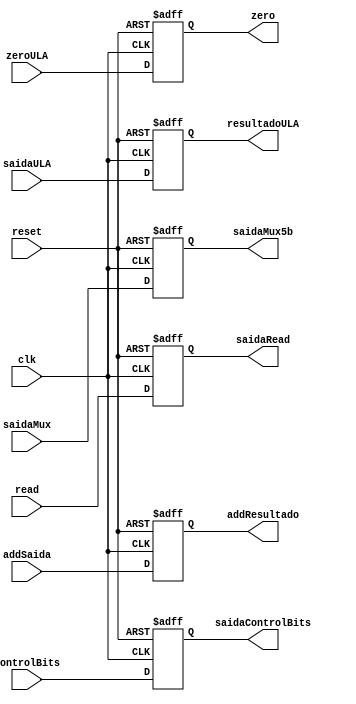
module EX_MEM(clk,reset,controlBits, addSaida, zeroULA,
				saidaULA, read, saidaMux, saidaControlBits, addResultado, zero, resultadoULA, saidaRead, saidaMux5b);

input clk, reset;
input[31:0] addSaida, saidaULA, read;
input[4:0]controlBits, saidaMux;
input zeroULA;

output reg [4:0] saidaControlBits, saidaMux5b;
output reg [31:0] addResultado, resultadoULA, saidaRead;
output reg zero;

always @(posedge clk or posedge reset)begin
	if (reset) begin
		saidaControlBits <= 0;
		addResultado <= 0;
		resultadoULA <= 0;
		saidaRead <= 0;
		saidaMux5b <= 0;
		zero <= 0;
	end
	else begin
		saidaControlBits <= controlBits;
		addResultado <= addSaida;
		resultadoULA <= saidaULA;
		saidaRead <= read;
		saidaMux5b <= saidaMux;
		zero <= zeroULA;
	end
end

endmodule